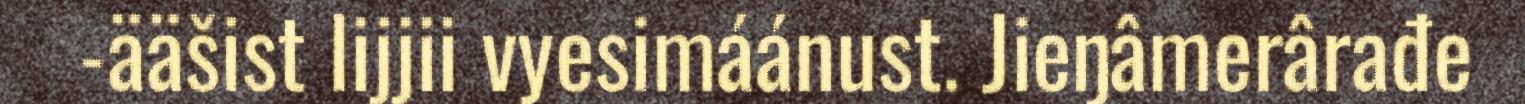
-ääšist lijjii vyesimáánust. Jieŋâmerârađe